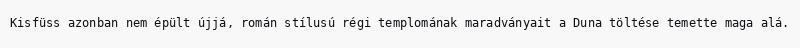
Kisfüss azonban nem épült újjá, román stílusú régi templomának maradványait a Duna töltése temette maga alá.